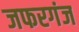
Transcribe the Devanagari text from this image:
जफरगंज